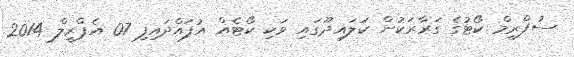
ސުޕްރީމް ކޯޓުގެ ގަރާރަކުން ކަލައިދޫގައި ވަކި ކޯޓެއް އުފައްދައިފި 07 އެޕްރީލް 2014